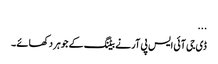
...
ڈی جی آئی ایس پی آر نے بیٹنگ کے جوہر دکھائے ۔